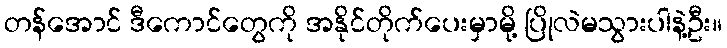
တန်အောင် ဒီကောင်တွေကို အနိုင်တိုက်ပေးမှာမို့ ပြိုလဲမသွားပါနဲ့ဦး။